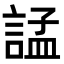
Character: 𧩌